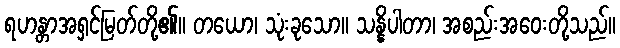
ရဟန္တာအရှင်မြတ်တို့၏။ တယော၊ သုံးခုသော။ သန္နိပါတာ၊ အစည်းအဝေးတို့သည်။